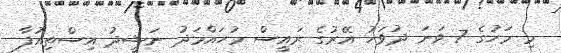
މި މަހުގެ 7 ވަނަ ދުވަހު އޭރުގެ ރައީސް މުހައްމަދު ނަޝީދު އިސްތިއުފާ